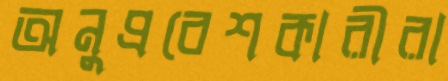
অনুপ্রবেশকারীরা